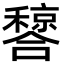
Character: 𬔂